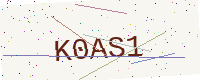
Text: K0AS1